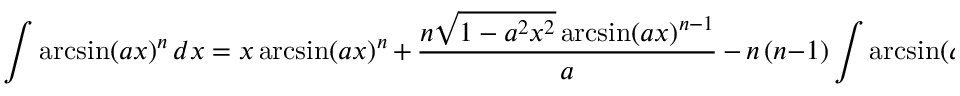
\int \arcsin ( a x ) ^ { n } \, d x = x \arcsin ( a x ) ^ { n } \, + \, { \frac { n { \sqrt { 1 - a ^ { 2 } x ^ { 2 } } } \arcsin ( a x ) ^ { n - 1 } } { a } } \, - \, n \, ( n - 1 ) \int \arcsin ( a x ) ^ { n - 2 } \, d x